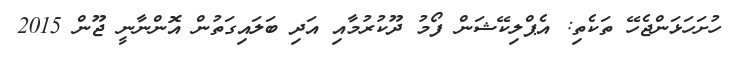
ހުށަހަޅަންޖެހޭ ތަކެތި: އެޕްލިކޭޝަން ފޯމު ދޫކުރުމާއި އަދި ބަލައިގަތުން އޮންނާނީ ޖޫން 2015